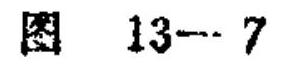
图 13—7